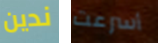
ندين أسرعت